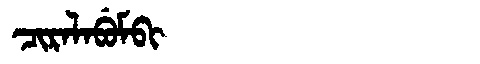
Manchu: ᠴᡳᡵᠠᠯᠠᠪᡠᠮᠪᡳ
Romanization: CIRALABUMBI